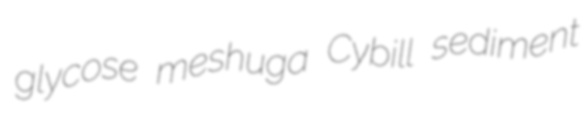
glycose meshuga Cybill sediment